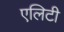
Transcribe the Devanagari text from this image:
एलिटी